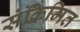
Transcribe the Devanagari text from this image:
संक्रिमित